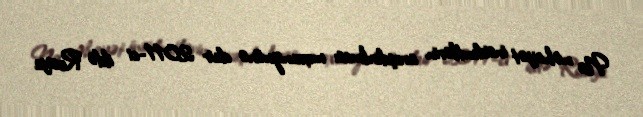
Nə nəhayət insidentlərin araşdırılması mexanizminə dair 2011-ci ildə Rusiya